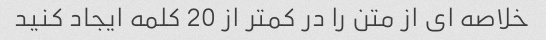
خلاصه ای از متن را در کمتر از 20 کلمه ایجاد کنید